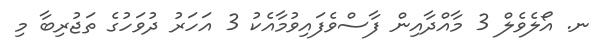
ނ. އޯލެވެލް 3 މާއްދާއިން ފާސްވެފައިވުމާއެކު 3 އަހަރު ދުވަހުގެ ތަޖުރިބާ މި